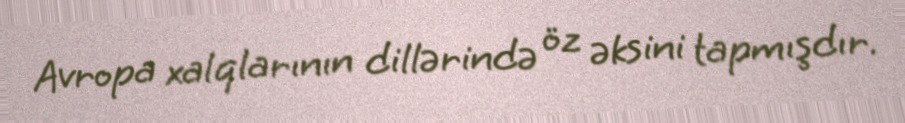
Avropa xalqlarının dillərində öz əksini tapmışdır.